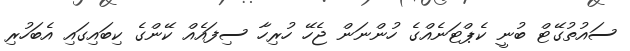
ސައުތުގޭޓް ބުނީ ކެޕްޓަނެއްގެ ހުންނަން ޖެހޭ ހުރިހާ ސިފައެއް ކޭންގެ ކިބައިގައި އެބަހުރި